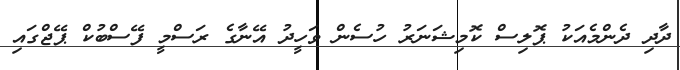
ދާދި ދެންމެއަކު ޕޮލިސް ކޮމިޝަނަރު ހުސެން ވަހީދު އޭނާގެ ރަސްމީ ފޭސްބުކް ޕޭޖްގައި